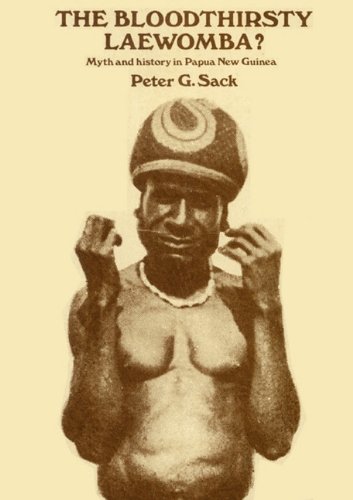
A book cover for The Bloodthirsty Laewomba: Myth and History in Papua New Guinea; Peter G. Sack; History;